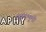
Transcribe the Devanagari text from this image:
मुख्यभूमी